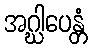
အဂ္ဃါပေန္တံ